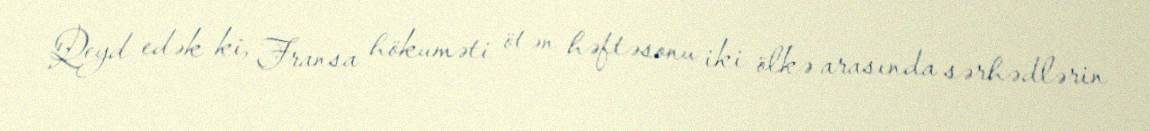
Qeyd edək ki, Fransa hökuməti ötən həftəsonu iki ölkə arasında sərhədlərin